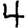
Digit: 4